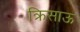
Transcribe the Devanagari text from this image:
क्रिसाऊ